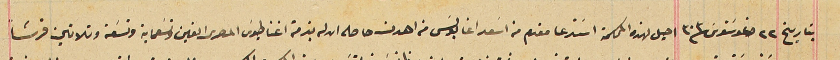
بتاريخ ٢٢ اغوسَتوسَ سنة ٣٠٣ احيل لهذه المحكمة اسَتدعا مقدم من اسَعد اغا بولسَ من اهدن حاصله ان له بذمة اغناطيوسَ المصرى الفين وتسَعماية وتسَعة وتلاتين قرشاً